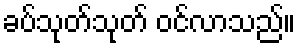
ခပ်သုတ်သုတ် ဝင်လာသည်။